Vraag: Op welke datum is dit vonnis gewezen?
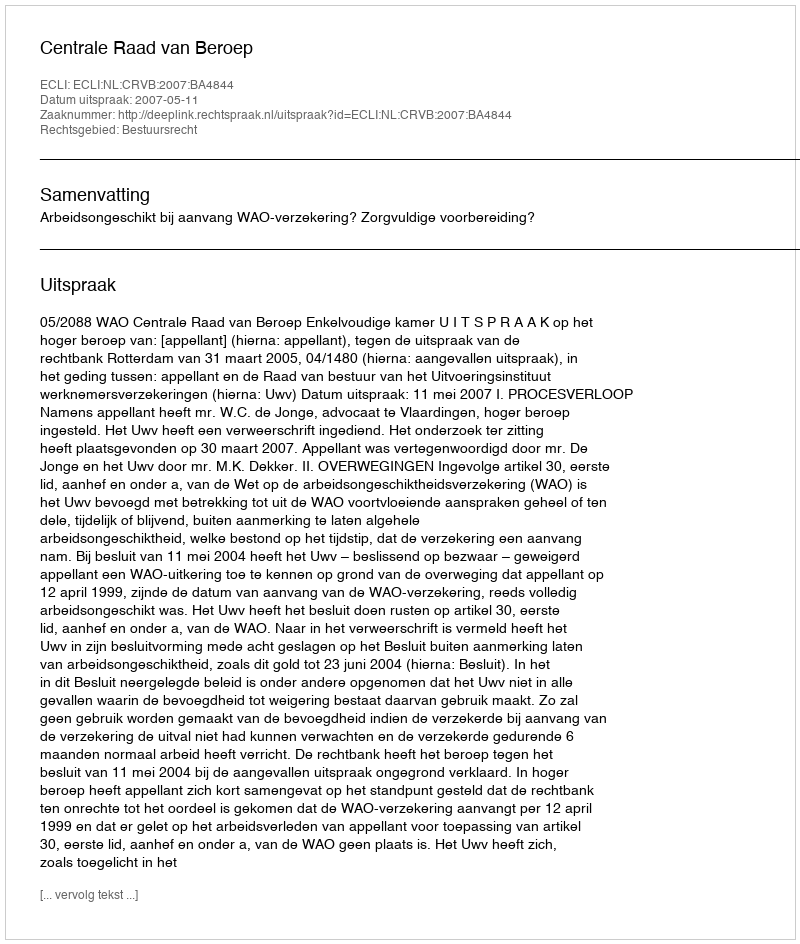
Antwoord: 2007-05-11